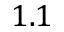
1 . 1